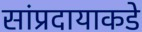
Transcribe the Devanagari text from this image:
सांप्रदायाकडे